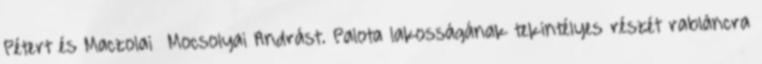
Pétert és Maczolai Mocsolyai Andrást. Palota lakosságának tekintélyes részét rabláncra